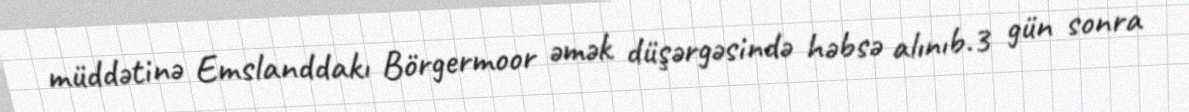
müddətinə Emslanddakı Börgermoor əmək düşərgəsində həbsə alınıb.3 gün sonra